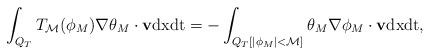
LaTeX: \begin{align*}\int_{Q_T} T_\mathcal{M}( \phi_M )\nabla \theta_M \cdot \mathbf{v}\mathrm{dx}\mathrm{dt}=-\int_{Q_T[|\phi_M|<\mathcal{M}]} \theta_M \nabla \phi_M \cdot \mathbf{v}\mathrm{dx}\mathrm{dt},\end{align*}